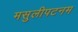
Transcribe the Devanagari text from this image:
मसुलीपटनम